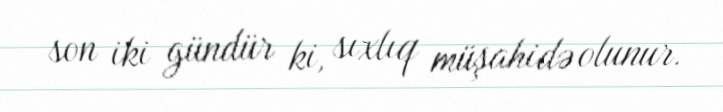
son iki gündür ki, sıxlıq müşahidə olunur.